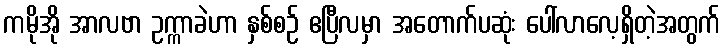
ကမိုအို အာလဗာ ဥက္ကာခဲဟာ နှစ်စဉ် ဧပြီလမှာ အတောက်ပဆုံး ပေါ်လာလေ့ရှိတဲ့အတွက်